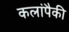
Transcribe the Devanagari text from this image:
कलांपैकी